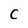
Character: C